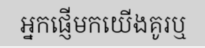
អ្នកផ្ញើមកយើងគូរឬ